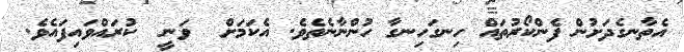
އެތާނގެދަށުން ފެންކޯރުތައް ހިނގަހިނގާ ހުންނާނެތެވެ. އެކަމަށް  ވަނީ  ކުރައްވައިފައެވެ.